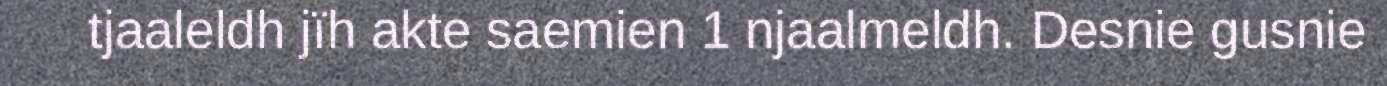
tjaaleldh jïh akte saemien 1 njaalmeldh. Desnie gusnie